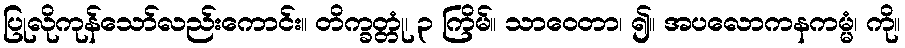
ပြုလိုကုန်သော်လည်းကောင်း။ တိက္ခတ္တုံ၊ ၃ ကြိမ်။ သာဝေတာ၊ ၍။ အပလောကနကမ္မံ၊ ကို။